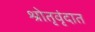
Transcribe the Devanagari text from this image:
श्रोतृवृंदात